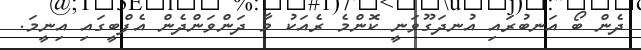
ދެން ބޯ އަނބުރައި އުނދަގޫވަނީ ކޮންމެ ރެއަކު މާ ދަންވަންދެން އެފްބީގައި އިނީމަ.